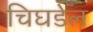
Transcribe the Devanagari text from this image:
चिघडेल